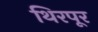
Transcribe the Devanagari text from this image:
थिरपूर